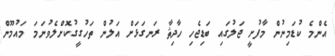
އެންމެ ކުޑަމިނުން މާފުށީ ޖަލުގައި ބަޑިޖެހި ހާދިޘާ ރަނގަޅަށް އަލުން ތަހުގީގުކޮށްލެވުނަމަ މައުމޫން